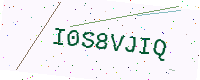
Text: I0S8VJIQ